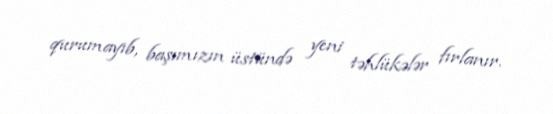
qurumayıb, başımızın üstündə yeni təhlükələr fırlanır.